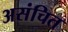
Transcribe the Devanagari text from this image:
असंचित